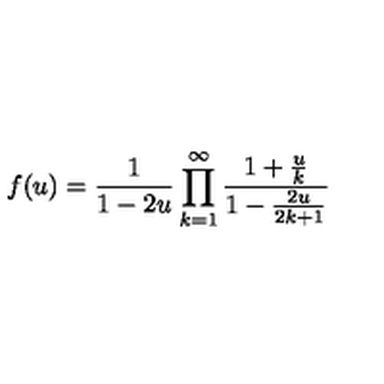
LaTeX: f ( u ) = \frac { 1 } { 1 - 2 u } \prod _ { k = 1 } ^ { \infty } \frac { 1 + \frac { u } { k } } { 1 - \frac { 2 u } { 2 k + 1 } }